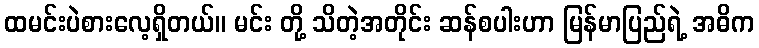
ထမင်းပဲစားလေ့ရှိတယ်။ မင်း တို့ သိတဲ့အတိုင်း ဆန်စပါးဟာ မြန်မာပြည်ရဲ့ အဓိက